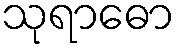
သုရာဓော